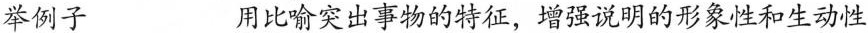
举例子 用比喻突出事物的特征，增强说明的形象性和生动性